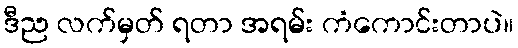
ဒီည လက်မှတ် ရတာ အရမ်း ကံကောင်းတာပဲ။